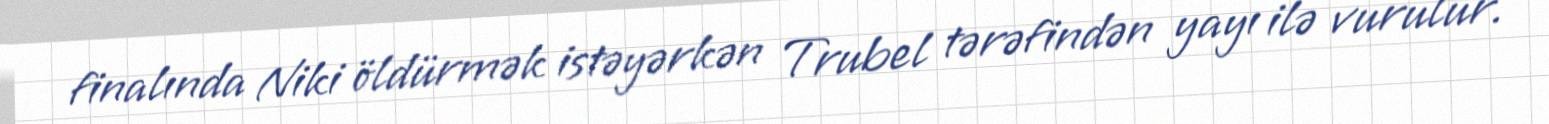
finalında Niki öldürmək istəyərkən Trubel tərəfindən yayı ilə vurulur.